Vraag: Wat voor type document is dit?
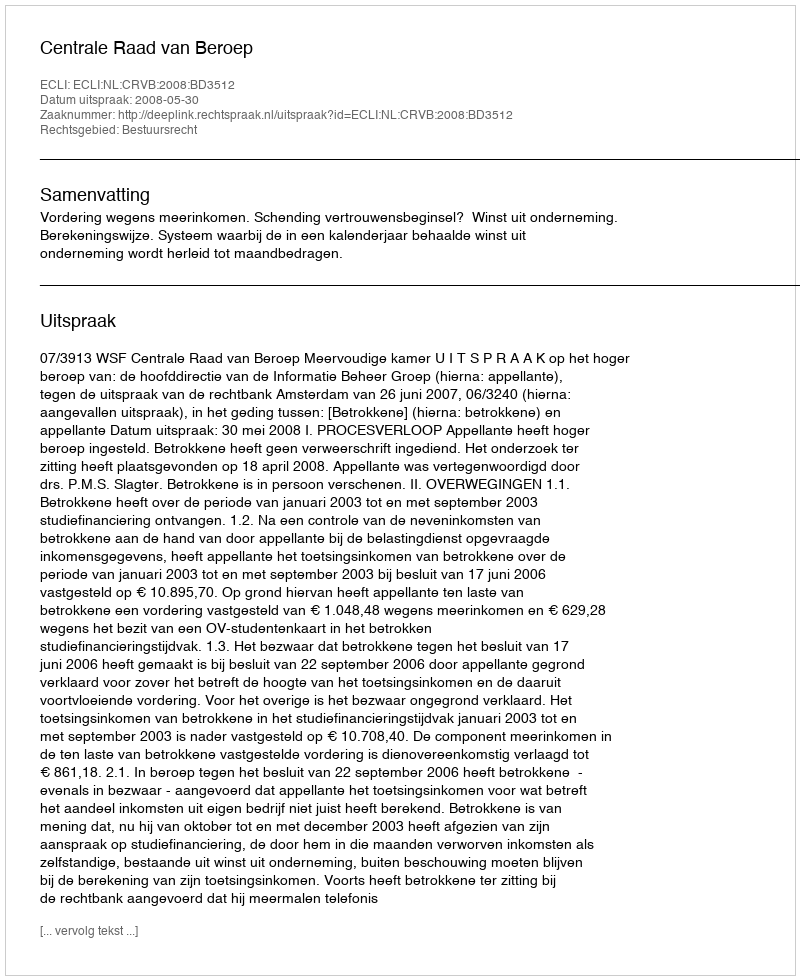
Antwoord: Uitspraak